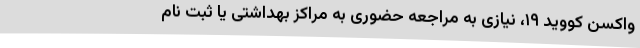
واکسن کووید ۱۹، نیازی به مراجعه حضوری به مراکز بهداشتی یا ثبت نام